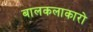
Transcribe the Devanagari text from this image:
बालकलाकारो